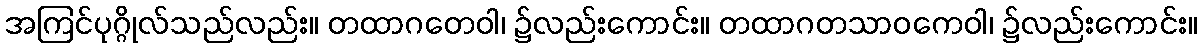
အကြင်ပုဂ္ဂိုလ်သည်လည်း။ တထာဂတေဝါ၊ ၌လည်းကောင်း။ တထာဂတသာဝကေဝါ၊ ၌လည်းကောင်း။